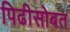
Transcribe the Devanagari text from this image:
पिढीसोबत